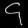
Digit: ၄